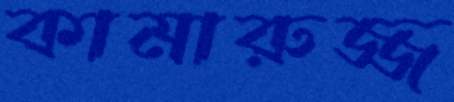
কামারুজ্জ